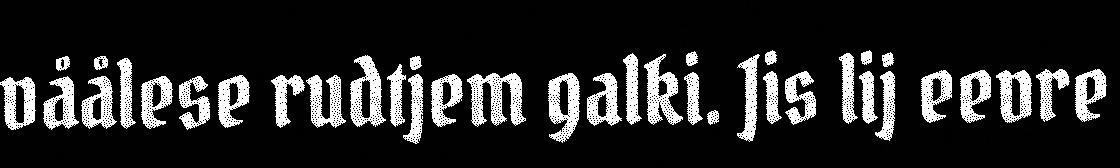
våålese rudtjem galki. Jis lij eevre